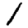
Digit: 1